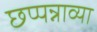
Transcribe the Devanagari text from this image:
छप्पन्नाव्या